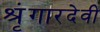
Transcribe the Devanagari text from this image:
श्रृंगारदेवी